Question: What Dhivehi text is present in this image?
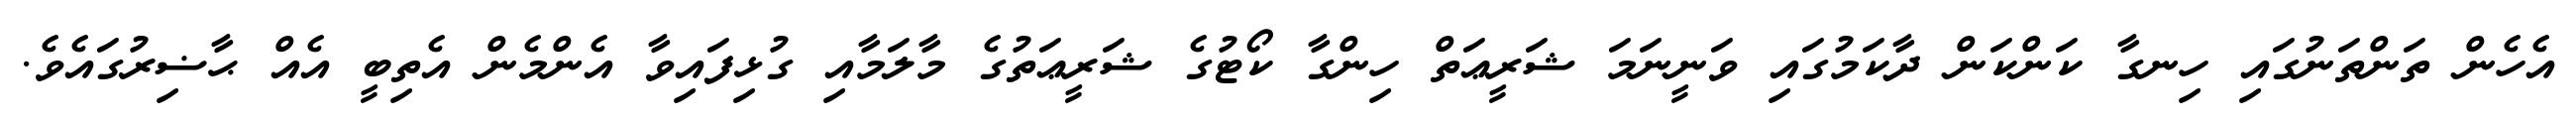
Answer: އެހެން ތަންތަނުގައި ހިނގާ ކަންކަން ދާކަމުގައި ވަނީނަމަ ޝަރީޢަތް ހިންގާ ކޯޓުގެ ޝަރީޢަތުގެ މާލަމާއި ގުޅިފައިވާ އެންމެން އެތިބީ އެއް ޙާޟިރުގައެވެ.